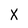
Character: X